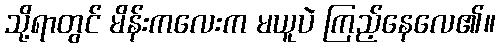
သို့ရာတွင် မိန်းကလေးက မယူပဲ ကြည့်နေလေ၏။